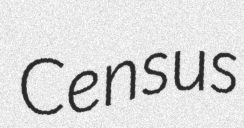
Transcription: Census